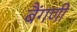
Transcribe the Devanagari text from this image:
बैंगणी